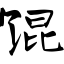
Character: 馄